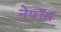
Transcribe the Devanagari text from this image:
नेपॉस